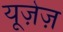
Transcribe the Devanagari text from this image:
यूज़ेज़